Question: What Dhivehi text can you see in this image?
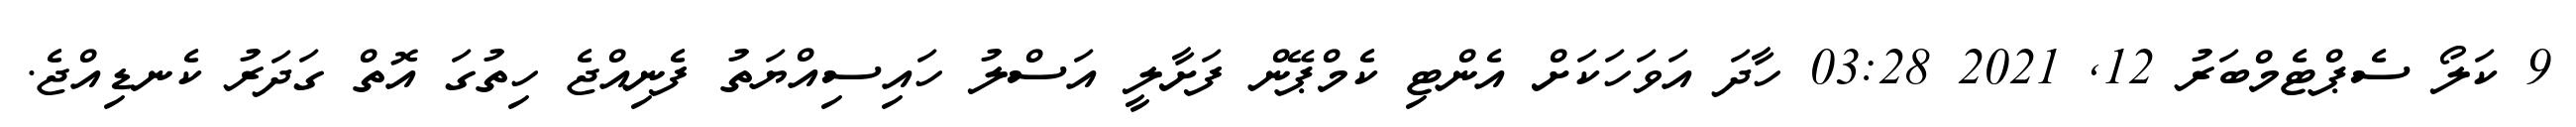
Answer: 9 ކަލޯ ސެޕްޓެމްބަރު 12, 2021 03:28 ހާދަ އަވަހަކަށް އެންޓި ކެމްޕޭން ފަށާލީ އަސްލު ހައިސިއްޔަތު ފެނިއްޖެ ހިތުގަ އޮތް ގަދަރު ކެނޑިއްޖެ.